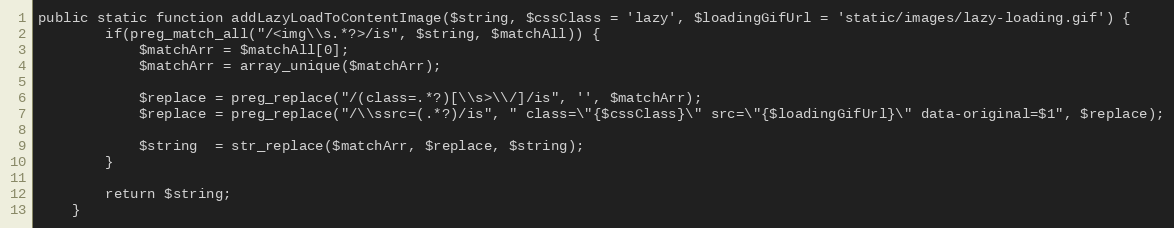
Language: PHP
public static function addLazyLoadToContentImage($string, $cssClass = 'lazy', $loadingGifUrl = 'static/images/lazy-loading.gif') {
		if(preg_match_all("/<img\\s.*?>/is", $string, $matchAll)) {
			$matchArr = $matchAll[0];
			$matchArr = array_unique($matchArr);

			$replace = preg_replace("/(class=.*?)[\\s>\\/]/is", '', $matchArr);
			$replace = preg_replace("/\\ssrc=(.*?)/is", " class=\"{$cssClass}\" src=\"{$loadingGifUrl}\" data-original=$1", $replace);

			$string  = str_replace($matchArr, $replace, $string);
		}

		return $string;
	}